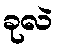
ခုလဲ